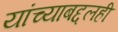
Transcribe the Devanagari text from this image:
यांच्याबद्दलही